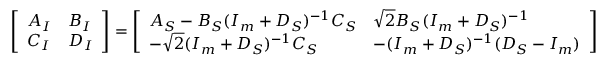
\begin{array} { r } { \left[ \begin{array} { l l } { A _ { I } } & { B _ { I } } \\ { C _ { I } } & { D _ { I } } \end{array} \right] = \left[ \begin{array} { l l } { A _ { S } - B _ { S } ( I _ { m } + D _ { S } ) ^ { - 1 } C _ { S } } & { \sqrt { 2 } B _ { S } ( I _ { m } + D _ { S } ) ^ { - 1 } } \\ { - \sqrt { 2 } ( I _ { m } + D _ { S } ) ^ { - 1 } C _ { S } } & { - ( I _ { m } + D _ { S } ) ^ { - 1 } ( D _ { S } - I _ { m } ) } \end{array} \right] } \end{array}